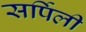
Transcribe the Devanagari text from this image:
सर्पिली